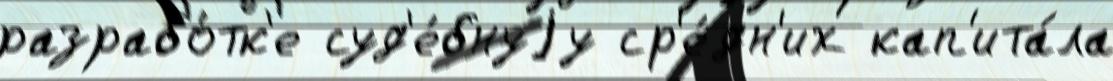
разрабо́тк'е суд'е́бнуjу ср'е́дн'их кап'ита́ла